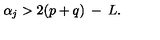
\alpha _ { j } > 2 ( p + q ) \: - \: L .